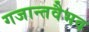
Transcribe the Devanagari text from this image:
गजान्तवैभव